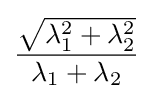
{\frac {\sqrt {\lambda _{1}^{2}+\lambda _{2}^{2}}}{\lambda _{1}+\lambda _{2}}}